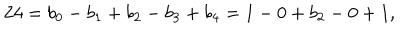
2 4 = b _ { 0 } - b _ { 1 } + b _ { 2 } - b _ { 3 } + b _ { 4 } = 1 - 0 + b _ { 2 } - 0 + 1 ,